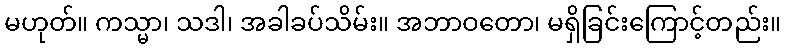
မဟုတ်။ ကသ္မာ၊ သဒါ၊ အခါခပ်သိမ်း။ အဘာဝတော၊ မရှိခြင်းကြောင့်တည်း။